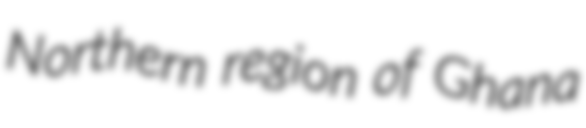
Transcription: Northern region of Ghana